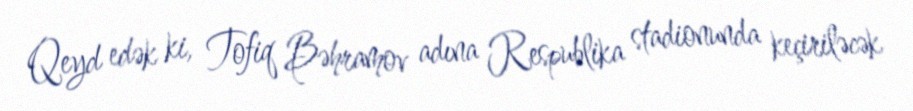
Qeyd edək ki, Tofiq Bəhramov adına Respublika stadionunda keçiriləcək